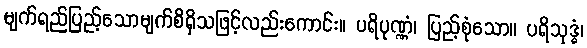
မျက်ရည်ပြည့်သောမျက်စိရှိသဖြင့်လည်းကောင်း။ ပရိပုဏ္ဏံ၊ ပြည့်စုံသော။ ပရိသုဒ္ဓံ၊